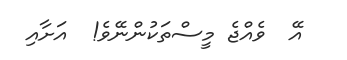
އޭ  ވެއްޖެ މީސްތަކުންނޭވެ!  އަށާއި